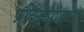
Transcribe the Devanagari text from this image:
प्रतिरूपांकन